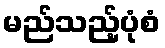
မည်သည့်ပုံစံ